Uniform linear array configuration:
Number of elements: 8
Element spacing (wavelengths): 0.25
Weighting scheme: hamming
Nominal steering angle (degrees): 30
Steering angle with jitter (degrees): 30.308
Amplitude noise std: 0.05
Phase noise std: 0.05

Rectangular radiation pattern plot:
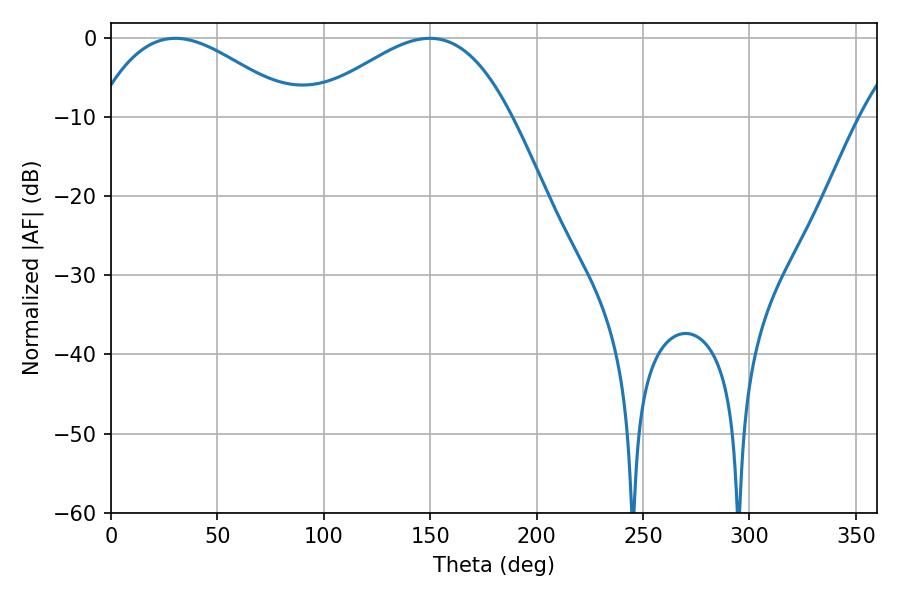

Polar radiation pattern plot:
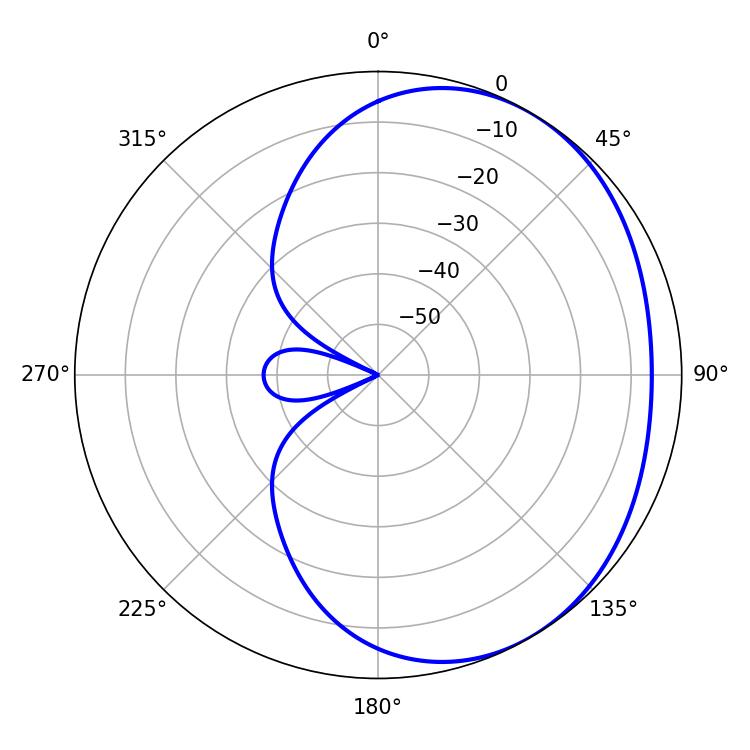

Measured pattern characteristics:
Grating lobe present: FALSE
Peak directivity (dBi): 2.619
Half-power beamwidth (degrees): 51.12
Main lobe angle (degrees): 30.24